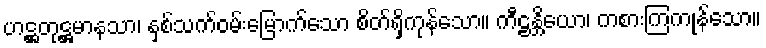
ဟဋ္ဌတုဋ္ဌမာနသာ၊ နှစ်သက်ဝမ်းမြောက်သော စိတ်ရှိကုန်သော။ ကီဠန္တိယော၊ ကစားကြကုန်သော။